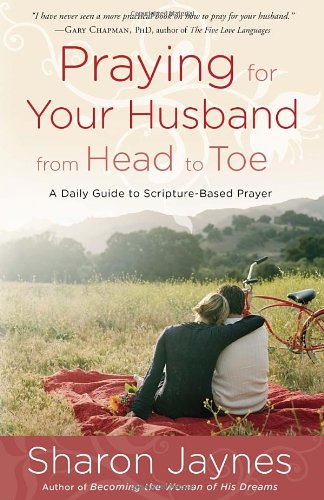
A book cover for Praying for Your Husband from Head to Toe: A Daily Guide to Scripture-Based Prayer; Sharon Jaynes; Christian Books & Bibles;